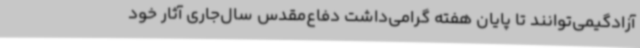
آزادگیمی‌توانند تا پایان هفته گرامی‌داشت دفاع‌مقدس سال‌جاری آثار خود